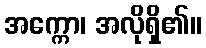
အက္ကော၊ အလိုရှိ၏။